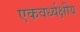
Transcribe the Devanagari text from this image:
एकवर्ध्यक्षीय